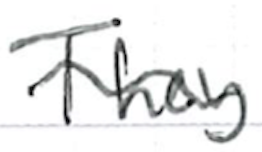
Text: They
Cross-out: wave
Writing tool: ballpoint